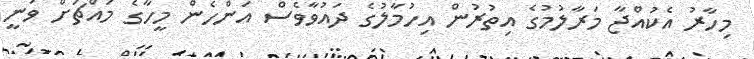
މިހާރު އެކުއްޖާ މަރާލުމުގެ އިތުރުން އިހުމާލުގެ ދައުވާވެސް އަންހެން މީހާގެ މައްޗަށް ވަނީ